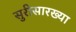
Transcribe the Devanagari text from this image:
सुरीसारख्या